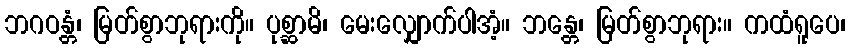
ဘဂဝန္တံ၊ မြတ်စွာဘုရားကို။ ပုစ္ဆာမိ၊ မေးလျှောက်ပါအံ့။ ဘန္တေ၊ မြတ်စွာဘုရား။ ကထံရူပေ၊